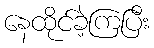
နေထိုင်ခဲ့ကြပြီး